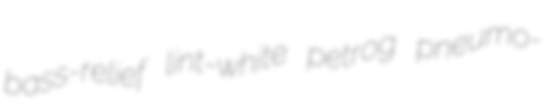
bass-relief lint-white petrog pneumo-